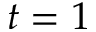
t = 1